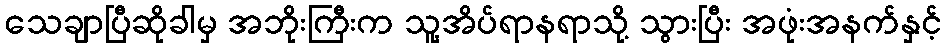
သေချာပြီဆိုခါမှ အဘိုးကြီးက သူ့အိပ်ရာနရာသို့ သွားပြီး အဖုံးအနက်နှင့်